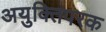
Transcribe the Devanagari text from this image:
अयुक्तिपरक